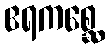
ဧရကစ္ဆေ